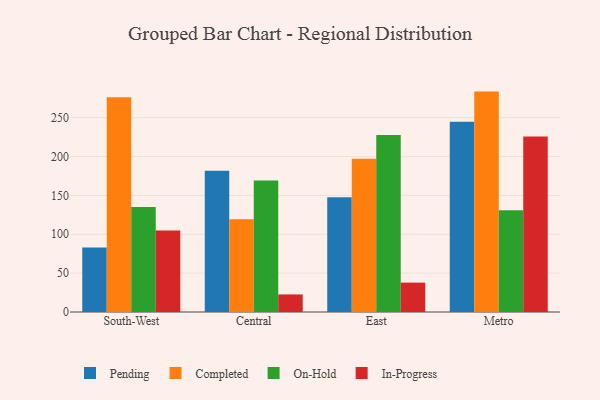
{"axis": {"x": "Region", "y": "Backlog"}, "legend": ["Completed", "In-Progress", "On-Hold", "Pending"], "data": [{"x": "South-West", "y": 83.1, "type": "Pending"}, {"x": "South-West", "y": 276.2, "type": "Completed"}, {"x": "South-West", "y": 135.0, "type": "On-Hold"}, {"x": "South-West", "y": 104.8, "type": "In-Progress"}, {"x": "Central", "y": 181.7, "type": "Pending"}, {"x": "Central", "y": 119.4, "type": "Completed"}, {"x": "Central", "y": 169.1, "type": "On-Hold"}, {"x": "Central", "y": 22.6, "type": "In-Progress"}, {"x": "East", "y": 147.5, "type": "Pending"}, {"x": "East", "y": 197.3, "type": "Completed"}, {"x": "East", "y": 227.9, "type": "On-Hold"}, {"x": "East", "y": 37.8, "type": "In-Progress"}, {"x": "Metro", "y": 244.8, "type": "Pending"}, {"x": "Metro", "y": 283.6, "type": "Completed"}, {"x": "Metro", "y": 130.9, "type": "On-Hold"}, {"x": "Metro", "y": 225.7, "type": "In-Progress"}]}